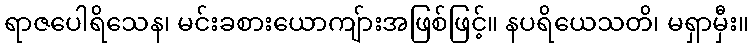
ရာဇပေါရိသေန၊ မင်းခစားယောကျ်ားအဖြစ်ဖြင့်။ နပရိယေသတိ၊ မရှာမှီး။